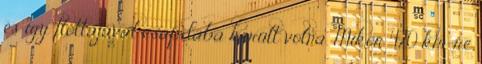
és így flottájával csapdába került volna. Mikor 420 km-re